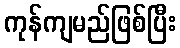
ကုန်ကျမည်ဖြစ်ပြီး